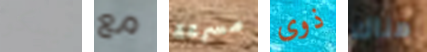
ديسكو مع مسرعة ذوى هناك